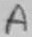
Text: A